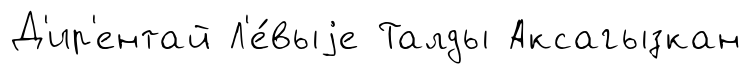
Д'ир'ентай Л'е́выjе Талды Аксагызкан